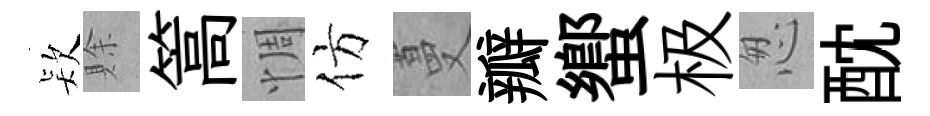
𣣇賖篙惆仿蔓瓣蠁极怱酖